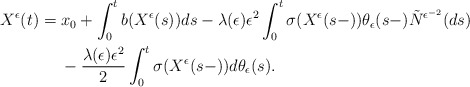
\begin{align*}\begin{aligned}X^{\epsilon}(t)&=x_{0}+\int^{t}_{0}b(X^{\epsilon}(s))ds-\lambda(\epsilon)\epsilon^{2}\int^{t}_{0}\sigma(X^{\epsilon}(s-))\theta_{\epsilon}(s-)\tilde{N}^{\epsilon^{-2}}(ds)\\&\ \ \ \ -\frac{\lambda(\epsilon)\epsilon^{2}}{2}\int_0^t\sigma(X^{\epsilon}(s-))d\theta_{\epsilon}(s).\end{aligned}\end{align*}